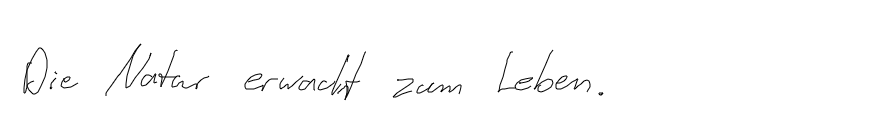
Die Natur erwacht zum Leben.